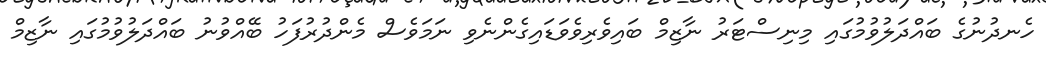
ހެނދުނުގެ ބައްދަލުވުމުގައި މިނިސްޓަރު ނާޒިމް ބައިވެރިވެވަޑައިގެންނެވި ނަމަވެސް މެންދުރުފަހު ބޭއްވުނު ބައްދަލުވުމުގައި ނާޒިމް